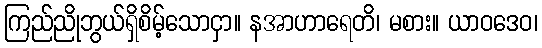
ကြည်ညိုဘွယ်ရှိစိမ့်သောငှာ။ နအာဟာရေတိ၊ မစား။ ယာဝဒေဝ၊